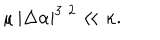
\mu \, | \Delta \alpha | ^ { 3 / 2 } \ll \kappa .